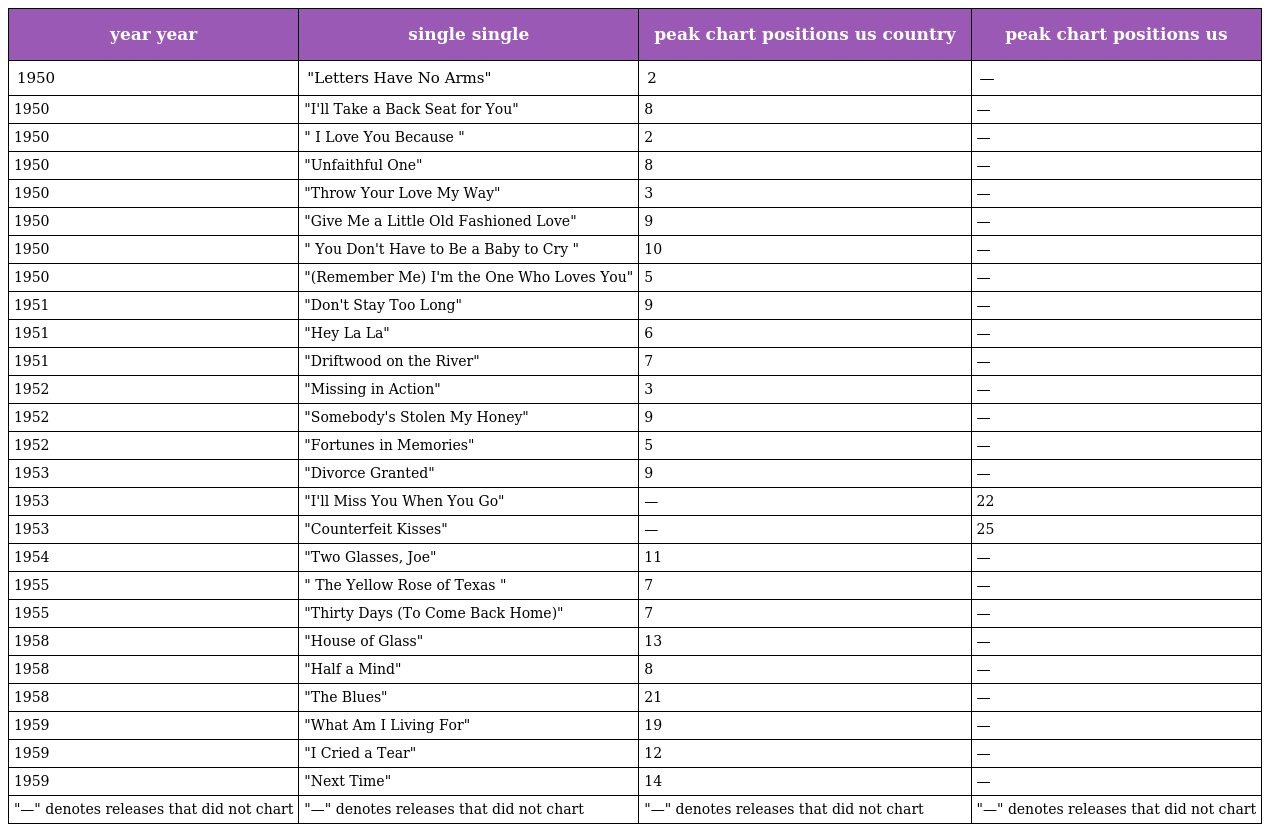
| year year | single single | peak chart positions us country | peak chart positions us |
 | --- | --- | --- | --- |
 | 1950 | "Letters Have No Arms" | 2 | — |
 | 1950 | "I'll Take a Back Seat for You" | 8 | — |
 | 1950 | " I Love You Because " | 2 | — |
 | 1950 | "Unfaithful One" | 8 | — |
 | 1950 | "Throw Your Love My Way" | 3 | — |
 | 1950 | "Give Me a Little Old Fashioned Love" | 9 | — |
 | 1950 | " You Don't Have to Be a Baby to Cry " | 10 | — |
 | 1950 | "(Remember Me) I'm the One Who Loves You" | 5 | — |
 | 1951 | "Don't Stay Too Long" | 9 | — |
 | 1951 | "Hey La La" | 6 | — |
 | 1951 | "Driftwood on the River" | 7 | — |
 | 1952 | "Missing in Action" | 3 | — |
 | 1952 | "Somebody's Stolen My Honey" | 9 | — |
 | 1952 | "Fortunes in Memories" | 5 | — |
 | 1953 | "Divorce Granted" | 9 | — |
 | 1953 | "I'll Miss You When You Go" | — | 22 |
 | 1953 | "Counterfeit Kisses" | — | 25 |
 | 1954 | "Two Glasses, Joe" | 11 | — |
 | 1955 | " The Yellow Rose of Texas " | 7 | — |
 | 1955 | "Thirty Days (To Come Back Home)" | 7 | — |
 | 1958 | "House of Glass" | 13 | — |
 | 1958 | "Half a Mind" | 8 | — |
 | 1958 | "The Blues" | 21 | — |
 | 1959 | "What Am I Living For" | 19 | — |
 | 1959 | "I Cried a Tear" | 12 | — |
 | 1959 | "Next Time" | 14 | — |
 | "—" denotes releases that did not chart | "—" denotes releases that did not chart | "—" denotes releases that did not chart | "—" denotes releases that did not chart |